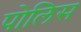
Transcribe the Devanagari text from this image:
पोलिस